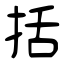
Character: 括